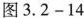
图3.2-14